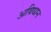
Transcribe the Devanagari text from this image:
अविधान